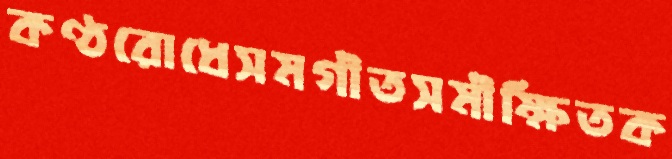
কণ্ঠরোধেসমগীতসমীক্ষিতক